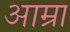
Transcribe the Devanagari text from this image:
आम्रा